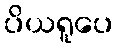
ပိယရူပေ